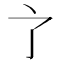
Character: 𬻺